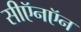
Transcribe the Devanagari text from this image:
सीऍनऍन